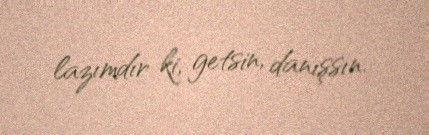
lazımdır ki, getsin, danışsın.